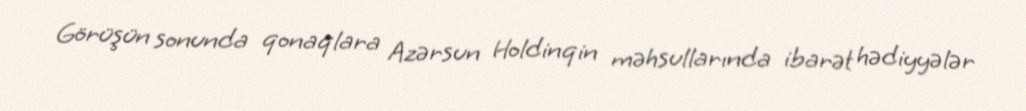
Görüşün sonunda qonaqlara Azərsun Holdinqin məhsullarında ibarət hədiyyələr